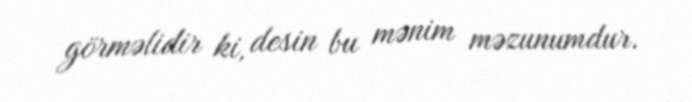
görməlidir ki, desin bu mənim məzunumdur.